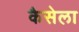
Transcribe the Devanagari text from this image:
कैसेला